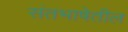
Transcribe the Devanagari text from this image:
संतभाषेतील